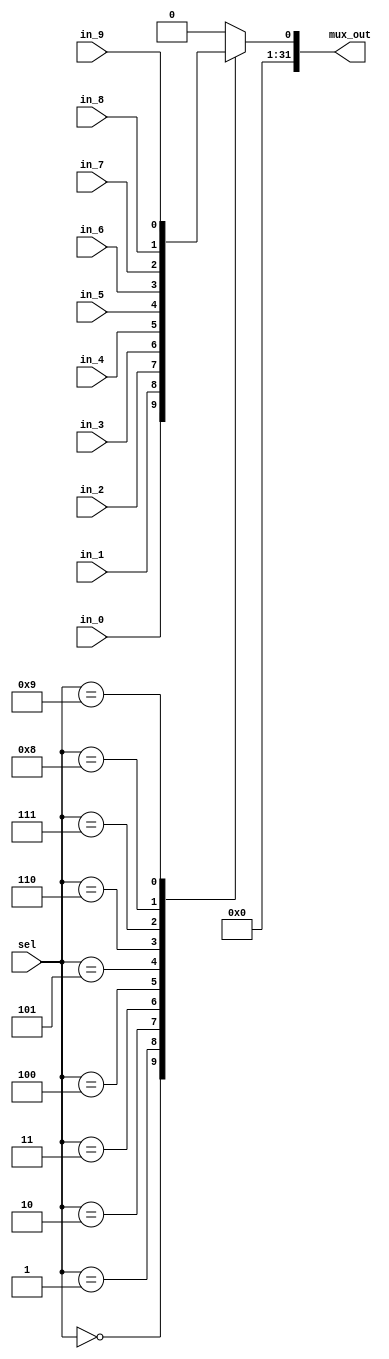
`timescale 1ns / 1ps

// This is a weird module
// 10 to 1 mux, 1 bit input 32 bit output
module mux10to1 #(parameter OUT_WIDTH = 32)
               (input in_0,
                input in_1,
                input in_2,
                input in_3,
                input in_4,
                input in_5,
                input in_6,
                input in_7,
                input in_8,
                input in_9,
                input[3:0] sel,
                output [OUT_WIDTH-1:0] mux_out);

parameter SEL_0 = 4'h0;
parameter SEL_1 = 4'h1;
parameter SEL_2 = 4'h2;
parameter SEL_3 = 4'h3;
parameter SEL_4 = 4'h4;
parameter SEL_5 = 4'h5;
parameter SEL_6 = 4'h6;
parameter SEL_7 = 4'h7;
parameter SEL_8 = 4'h8;
parameter SEL_9 = 4'h9;
                
reg out;              
always@(*) begin
    case (sel) 
        SEL_0: begin
            out <= in_0;
        end
        SEL_1: begin
            out <= in_1;
        end
        SEL_2: begin
            out <= in_2;
        end
        SEL_3: begin
            out <= in_3;
        end
        SEL_4: begin
            out <= in_4;
        end
        SEL_5: begin
            out <= in_5;
        end
        SEL_6: begin
            out <= in_6;
        end
        SEL_7: begin
            out <= in_7;
        end
        SEL_8: begin
            out <= in_8;
        end
        SEL_9: begin
            out <= in_9;
        end
        default: begin
            out <= 0;
        end
    endcase
end

assign mux_out = {31'b0, out};

endmodule